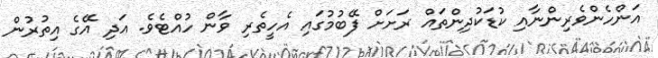
އަންހެންވެރިންނާއި ކުޑަކުދިންތައް ރަށަށް ފޭބުމުގައި އެހީތެރި ވާން ހުއްޓެވެ. އަދި އޭގެ އިތުރުން